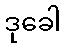
ဒုခေါ